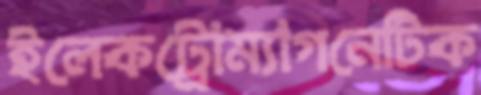
ইলেকট্রোম্যাগনেটিক